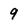
Character: 9